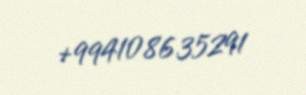
+994108635291